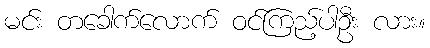
မင်း တခေါက်လောက် ဝင်ကြည့်ပါဦး လား။